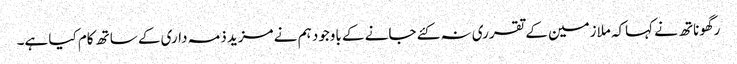
رگھوناتھ نے کہاکہ ملازمین کے تقرری نہ کئے جانے کے باوجود ہم نے مزید ذمہ داری کے ساتھ کام کیا ہے۔